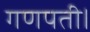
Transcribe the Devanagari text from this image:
गणपती।